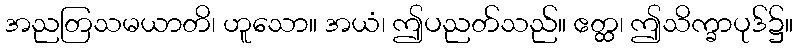
အညတြသမယာတိ၊ ဟူသော။ အယံ၊ ဤပညတ်သည်။ ဧတ္ထ၊ ဤသိက္ခာပုဒ်၌။